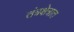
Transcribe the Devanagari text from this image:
तंत्रक्षेत्रात